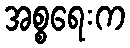
အစ္စရေးက